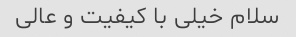
سلام خیلی با کیفیت و عالی